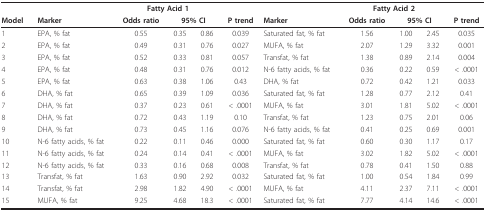
<table><thead><tr><td></td><td></td><td colspan="3"><b>Fatty Acid 1</b></td><td></td><td></td><td colspan="3"><b>Fatty Acid 2</b></td><td></td></tr><tr><td><b>Model</b></td><td><b>Marker</b></td><td><b>Odds ratio</b></td><td colspan="2"><b>95% CI</b></td><td><b>P trend</b></td><td><b>Marker</b></td><td><b>Odds ratio</b></td><td colspan="2"><b>95% CI</b></td><td><b>P trend</b></td></tr></thead><tbody><tr><td>1</td><td>EPA, % fat</td><td>0.55</td><td>0.35</td><td>0.86</td><td>0.039</td><td>Saturated fat, % fat</td><td>1.56</td><td>1.00</td><td>2.45</td><td>0.035</td></tr><tr><td>2</td><td>EPA, % fat</td><td>0.49</td><td>0.31</td><td>0.76</td><td>0.027</td><td>MUFA, % fat</td><td>2.07</td><td>1.29</td><td>3.32</td><td>0.001</td></tr><tr><td>3</td><td>EPA, % fat</td><td>0.52</td><td>0.33</td><td>0.81</td><td>0.057</td><td>Transfat, % fat</td><td>1.38</td><td>0.89</td><td>2.14</td><td>0.004</td></tr><tr><td>4</td><td>EPA, % fat</td><td>0.48</td><td>0.31</td><td>0.76</td><td>0.012</td><td>N-6 fatty acids, % fat</td><td>0.36</td><td>0.22</td><td>0.59</td><td>&lt; .0001</td></tr><tr><td>5</td><td>EPA, % fat</td><td>0.63</td><td>0.38</td><td>1.06</td><td>0.43</td><td>DHA, % fat</td><td>0.72</td><td>0.42</td><td>1.21</td><td>0.033</td></tr><tr><td>6</td><td>DHA, % fat</td><td>0.65</td><td>0.39</td><td>1.09</td><td>0.036</td><td>Saturated fat, % fat</td><td>1.28</td><td>0.77</td><td>2.12</td><td>0.41</td></tr><tr><td>7</td><td>DHA, % fat</td><td>0.37</td><td>0.23</td><td>0.61</td><td>&lt; .0001</td><td>MUFA, % fat</td><td>3.01</td><td>1.81</td><td>5.02</td><td>&lt; .0001</td></tr><tr><td>8</td><td>DHA, % fat</td><td>0.72</td><td>0.43</td><td>1.19</td><td>0.10</td><td>Transfat, % fat</td><td>1.23</td><td>0.75</td><td>2.01</td><td>0.06</td></tr><tr><td>9</td><td>DHA, % fat</td><td>0.73</td><td>0.45</td><td>1.16</td><td>0.076</td><td>N-6 fatty acids, % fat</td><td>0.41</td><td>0.25</td><td>0.69</td><td>0.001</td></tr><tr><td>10</td><td>N-6 fatty acids, % fat</td><td>0.22</td><td>0.11</td><td>0.46</td><td>0.000</td><td>Saturated fat, % fat</td><td>0.60</td><td>0.30</td><td>1.17</td><td>0.17</td></tr><tr><td>11</td><td>N-6 fatty acids, % fat</td><td>0.24</td><td>0.14</td><td>0.41</td><td>&lt; .0001</td><td>MUFA, % fat</td><td>3.02</td><td>1.82</td><td>5.02</td><td>&lt; .0001</td></tr><tr><td>12</td><td>N-6 fatty acids, % fat</td><td>0.33</td><td>0.16</td><td>0.68</td><td>0.008</td><td>Transfat, % fat</td><td>0.78</td><td>0.41</td><td>1.50</td><td>0.88</td></tr><tr><td>13</td><td>Transfat, % fat</td><td>1.63</td><td>0.90</td><td>2.92</td><td>0.032</td><td>Saturated fat, % fat</td><td>1.00</td><td>0.54</td><td>1.84</td><td>0.99</td></tr><tr><td>14</td><td>Transfat, % fat</td><td>2.98</td><td>1.82</td><td>4.90</td><td>&lt; .0001</td><td>MUFA, % fat</td><td>4.11</td><td>2.37</td><td>7.11</td><td>&lt; .0001</td></tr><tr><td>15</td><td>MUFA, % fat</td><td>9.25</td><td>4.68</td><td>18.3</td><td>&lt; .0001</td><td>Saturated fat, % fat</td><td>7.77</td><td>4.14</td><td>14.6</td><td>&lt; .0001</td></tr></tbody></table>